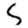
Digit: 5